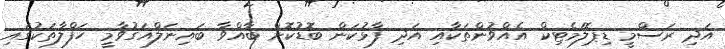
އަދި ރަސްމީ ޑިޕޮލަމެޓިކް އެއްވުންތަކާއި އަދި ފާޅުކަން ބޮޑުކޮށް ބާއްވާ ބައިނަލްއަގުވާމީ ހަފްލާތަކުގައި